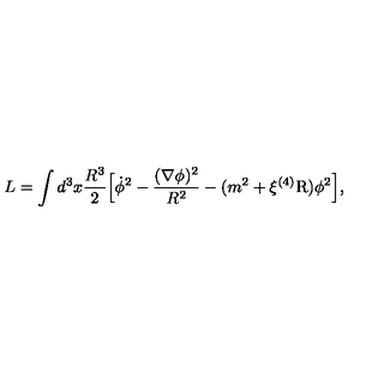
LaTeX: L = \int d ^ { 3 } x \frac { R ^ { 3 } } { 2 } \Bigl [ \dot { \phi } ^ { 2 } - \frac { ( \nabla \phi ) ^ { 2 } } { R ^ { 2 } } - ( m ^ { 2 } + \xi { } ^ { ( 4 ) } \mathrm { R } ) \phi ^ { 2 } \Bigr ] ,